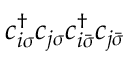
c _ { i \sigma } ^ { \dagger } c _ { j \sigma } c _ { i \bar { \sigma } } ^ { \dagger } c _ { j \bar { \sigma } }